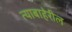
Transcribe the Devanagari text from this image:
त्याबाहेरील